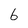
Character: 6